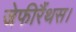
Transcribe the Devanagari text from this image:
जेफीरैंथस।